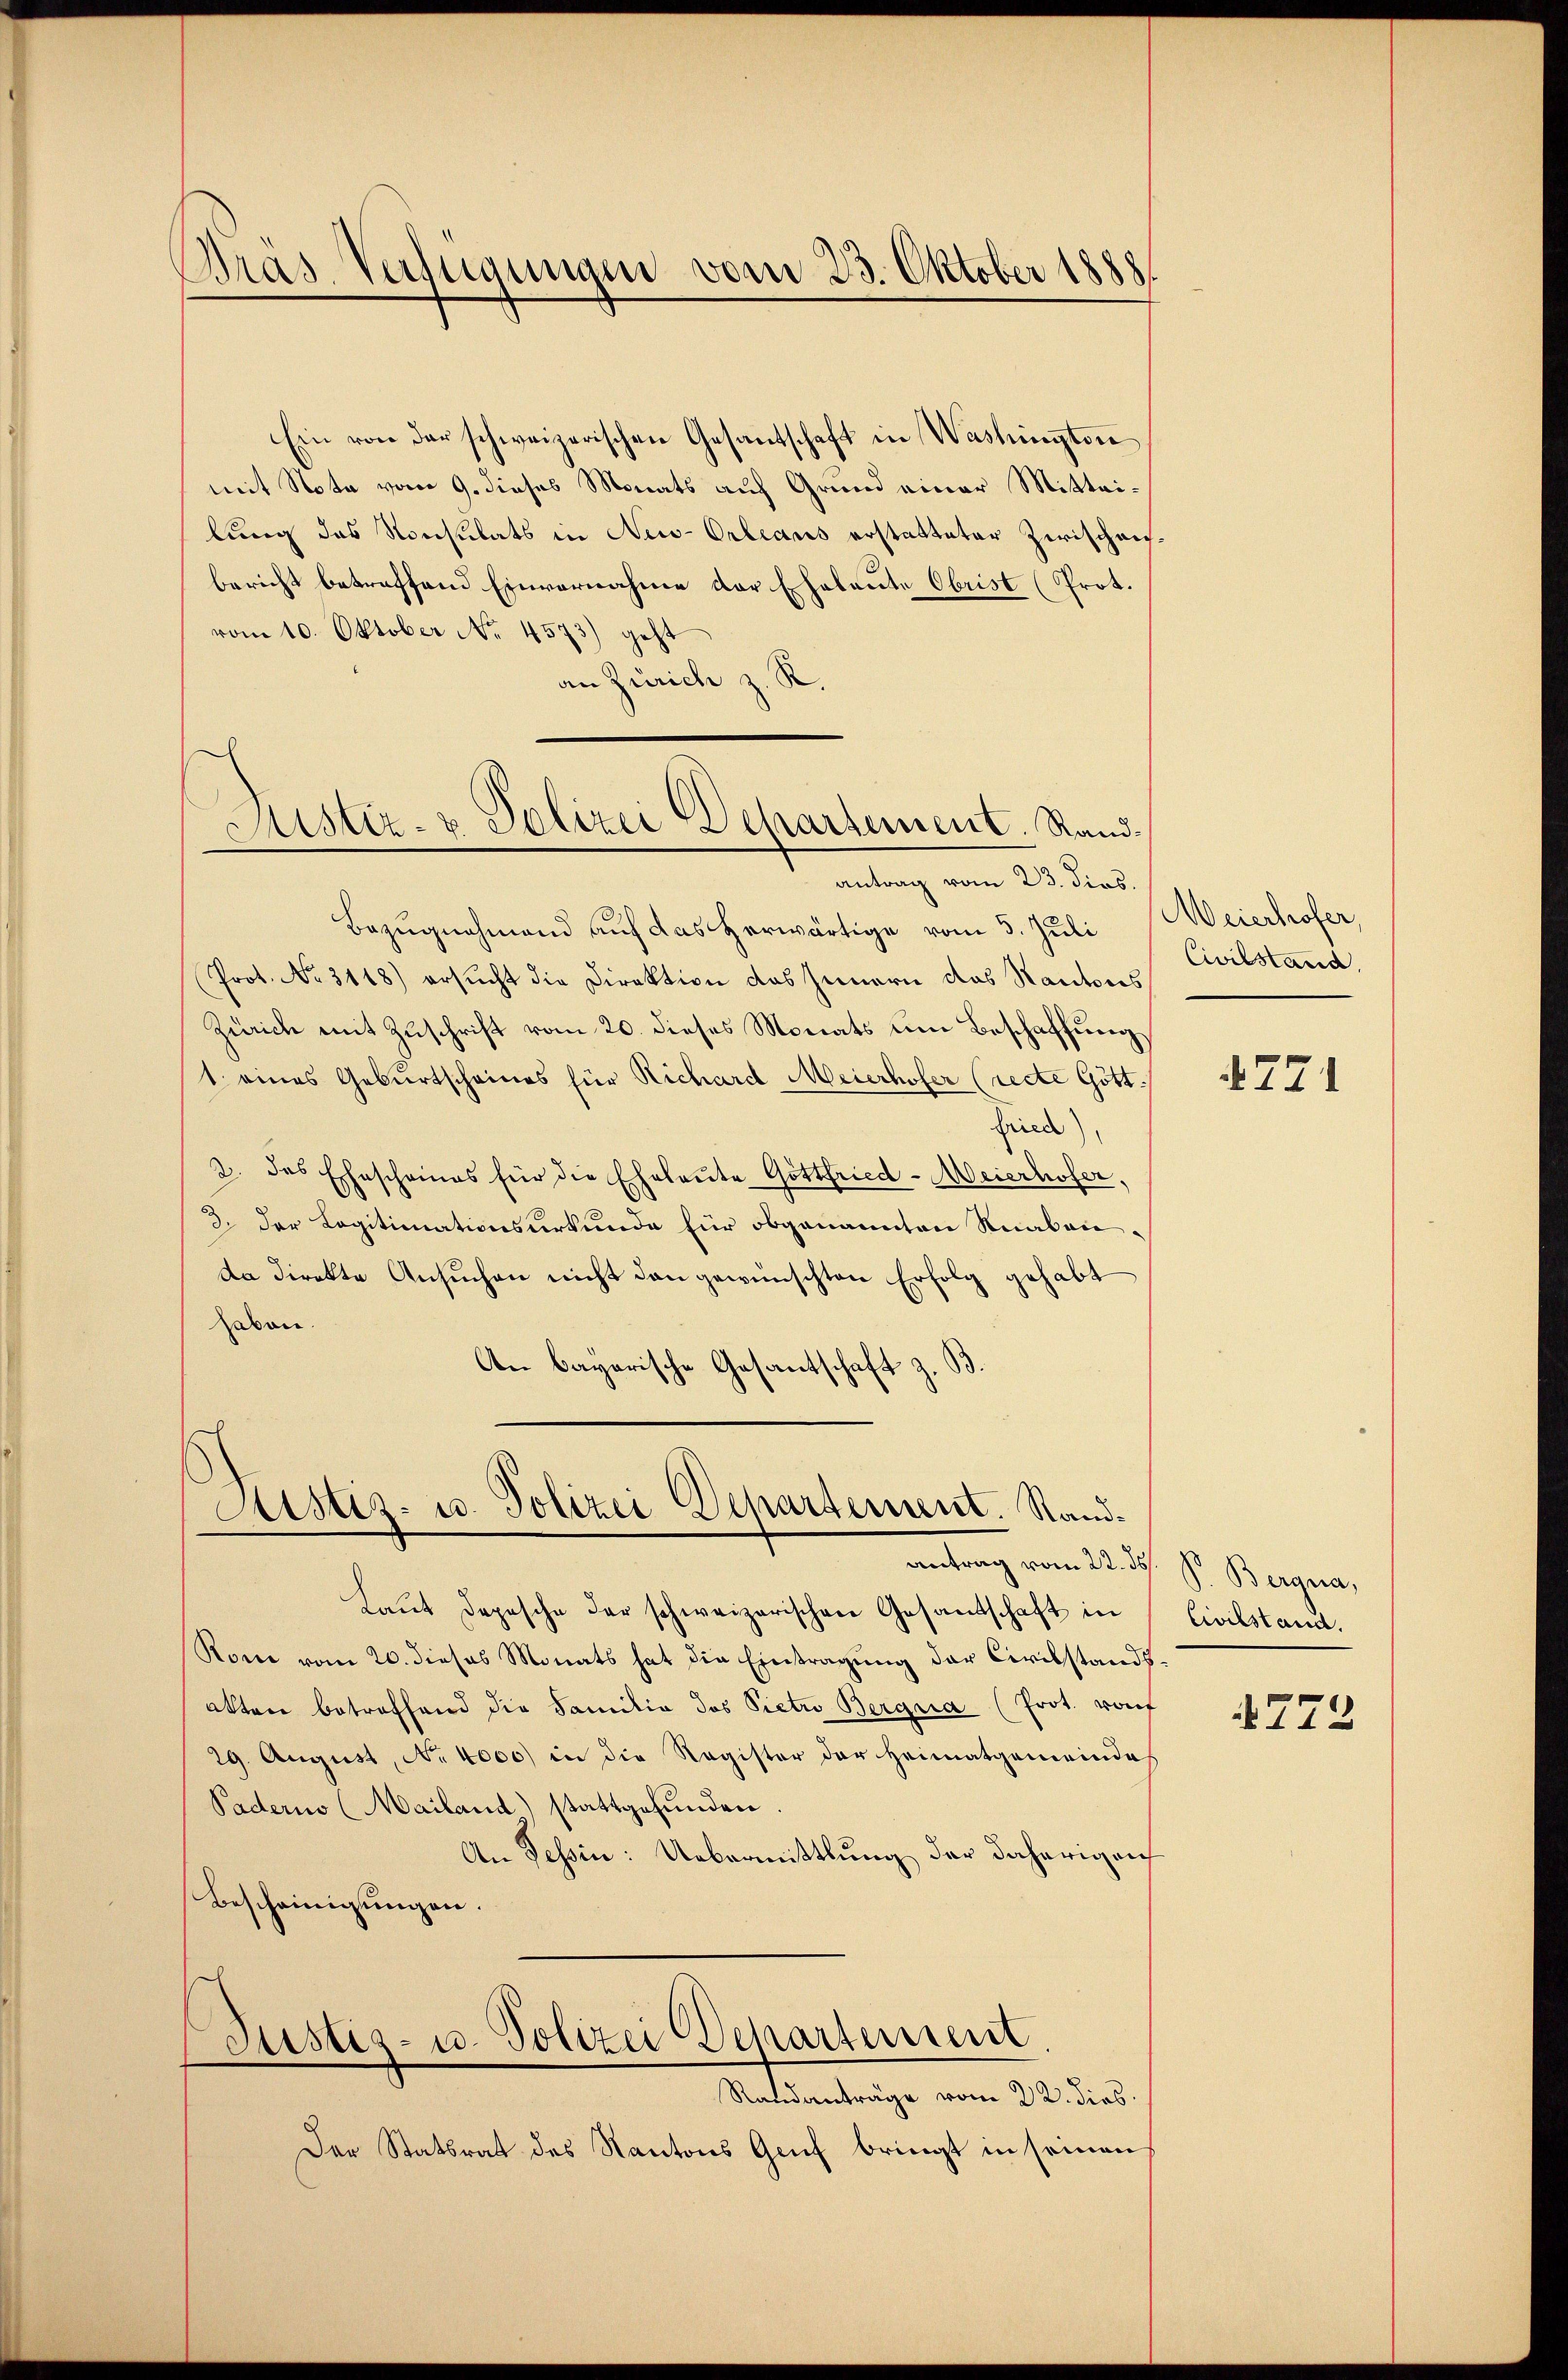
Pras-Verfügungen vom 23. Oktober 1888.

Ein von der schweizerischen Gesantschaft in Washington
mit Nota vom 9. dieses Monats auf Grund einer Mitteilung des Konsulats in New-Orleans erstatteter Zirischeibericht betreffend Einvernahme der Eheleute Obrist (Prot.
vom 10. Oktober No. 4573) geht
an Zürich z. R.
Bezugnahmend auf das herwärtige vom 5. Juli Meierhofer,
Prot. No. 3118) ersucht die Direktion das Innern das Kantons
Zürich mit Zuschrift vom 20. dieses Monats um Beschaffung
1 eines Geburtscheines für Richard Meierhofer (recte Gött
Fried)
2. das Ehescheines für die Eheleute Gottfried-Meierhofer,
3. der Legitimationsurkunde für obgenannten Knaben-
da direkte Ansŭchen nicht dan gewünschten Erfolg gehabt
avon.
An bayerische Gesantschaft z.

Justiz- & Polizei Departement. Rand-
antrag vom 23. dies

Justiz- u. Polizei Departement. Sand¬

antrag vom 22. ds. S. Bergna,
Laŭt Depesche der schweizerischen Gesandtschaft in
Rone vom 20. dieses Monats hat die Eintragung der Civilstandsakten betreffend die Familia des Pietro Bergria (Prot. vorf
29. August, No 4000) in die Register der Heimatgemeindes
Padern (Mailand) stattgefunden.
An Tessin: Uebermittlung der daherigen
Bescheinigungen.
Justiz- u. Polizei Departement
Randanträge vom 22. dies
Der Statsrat des Kantons Gruf bringt in seinen

Civilstand.

4771

Civilstand.

772